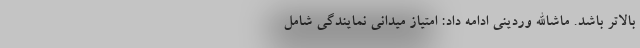
بالاتر باشد. ماشاالله وردینی ادامه داد: امتیاز میدانی نمایندگی شامل